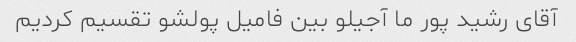
آقای رشید پور ما آجیلو بین فامیل پولشو تقسیم کردیم